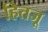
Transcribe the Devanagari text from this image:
हितजू